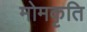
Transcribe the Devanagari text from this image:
मोमकृति